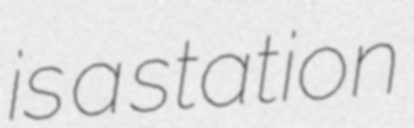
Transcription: is a station